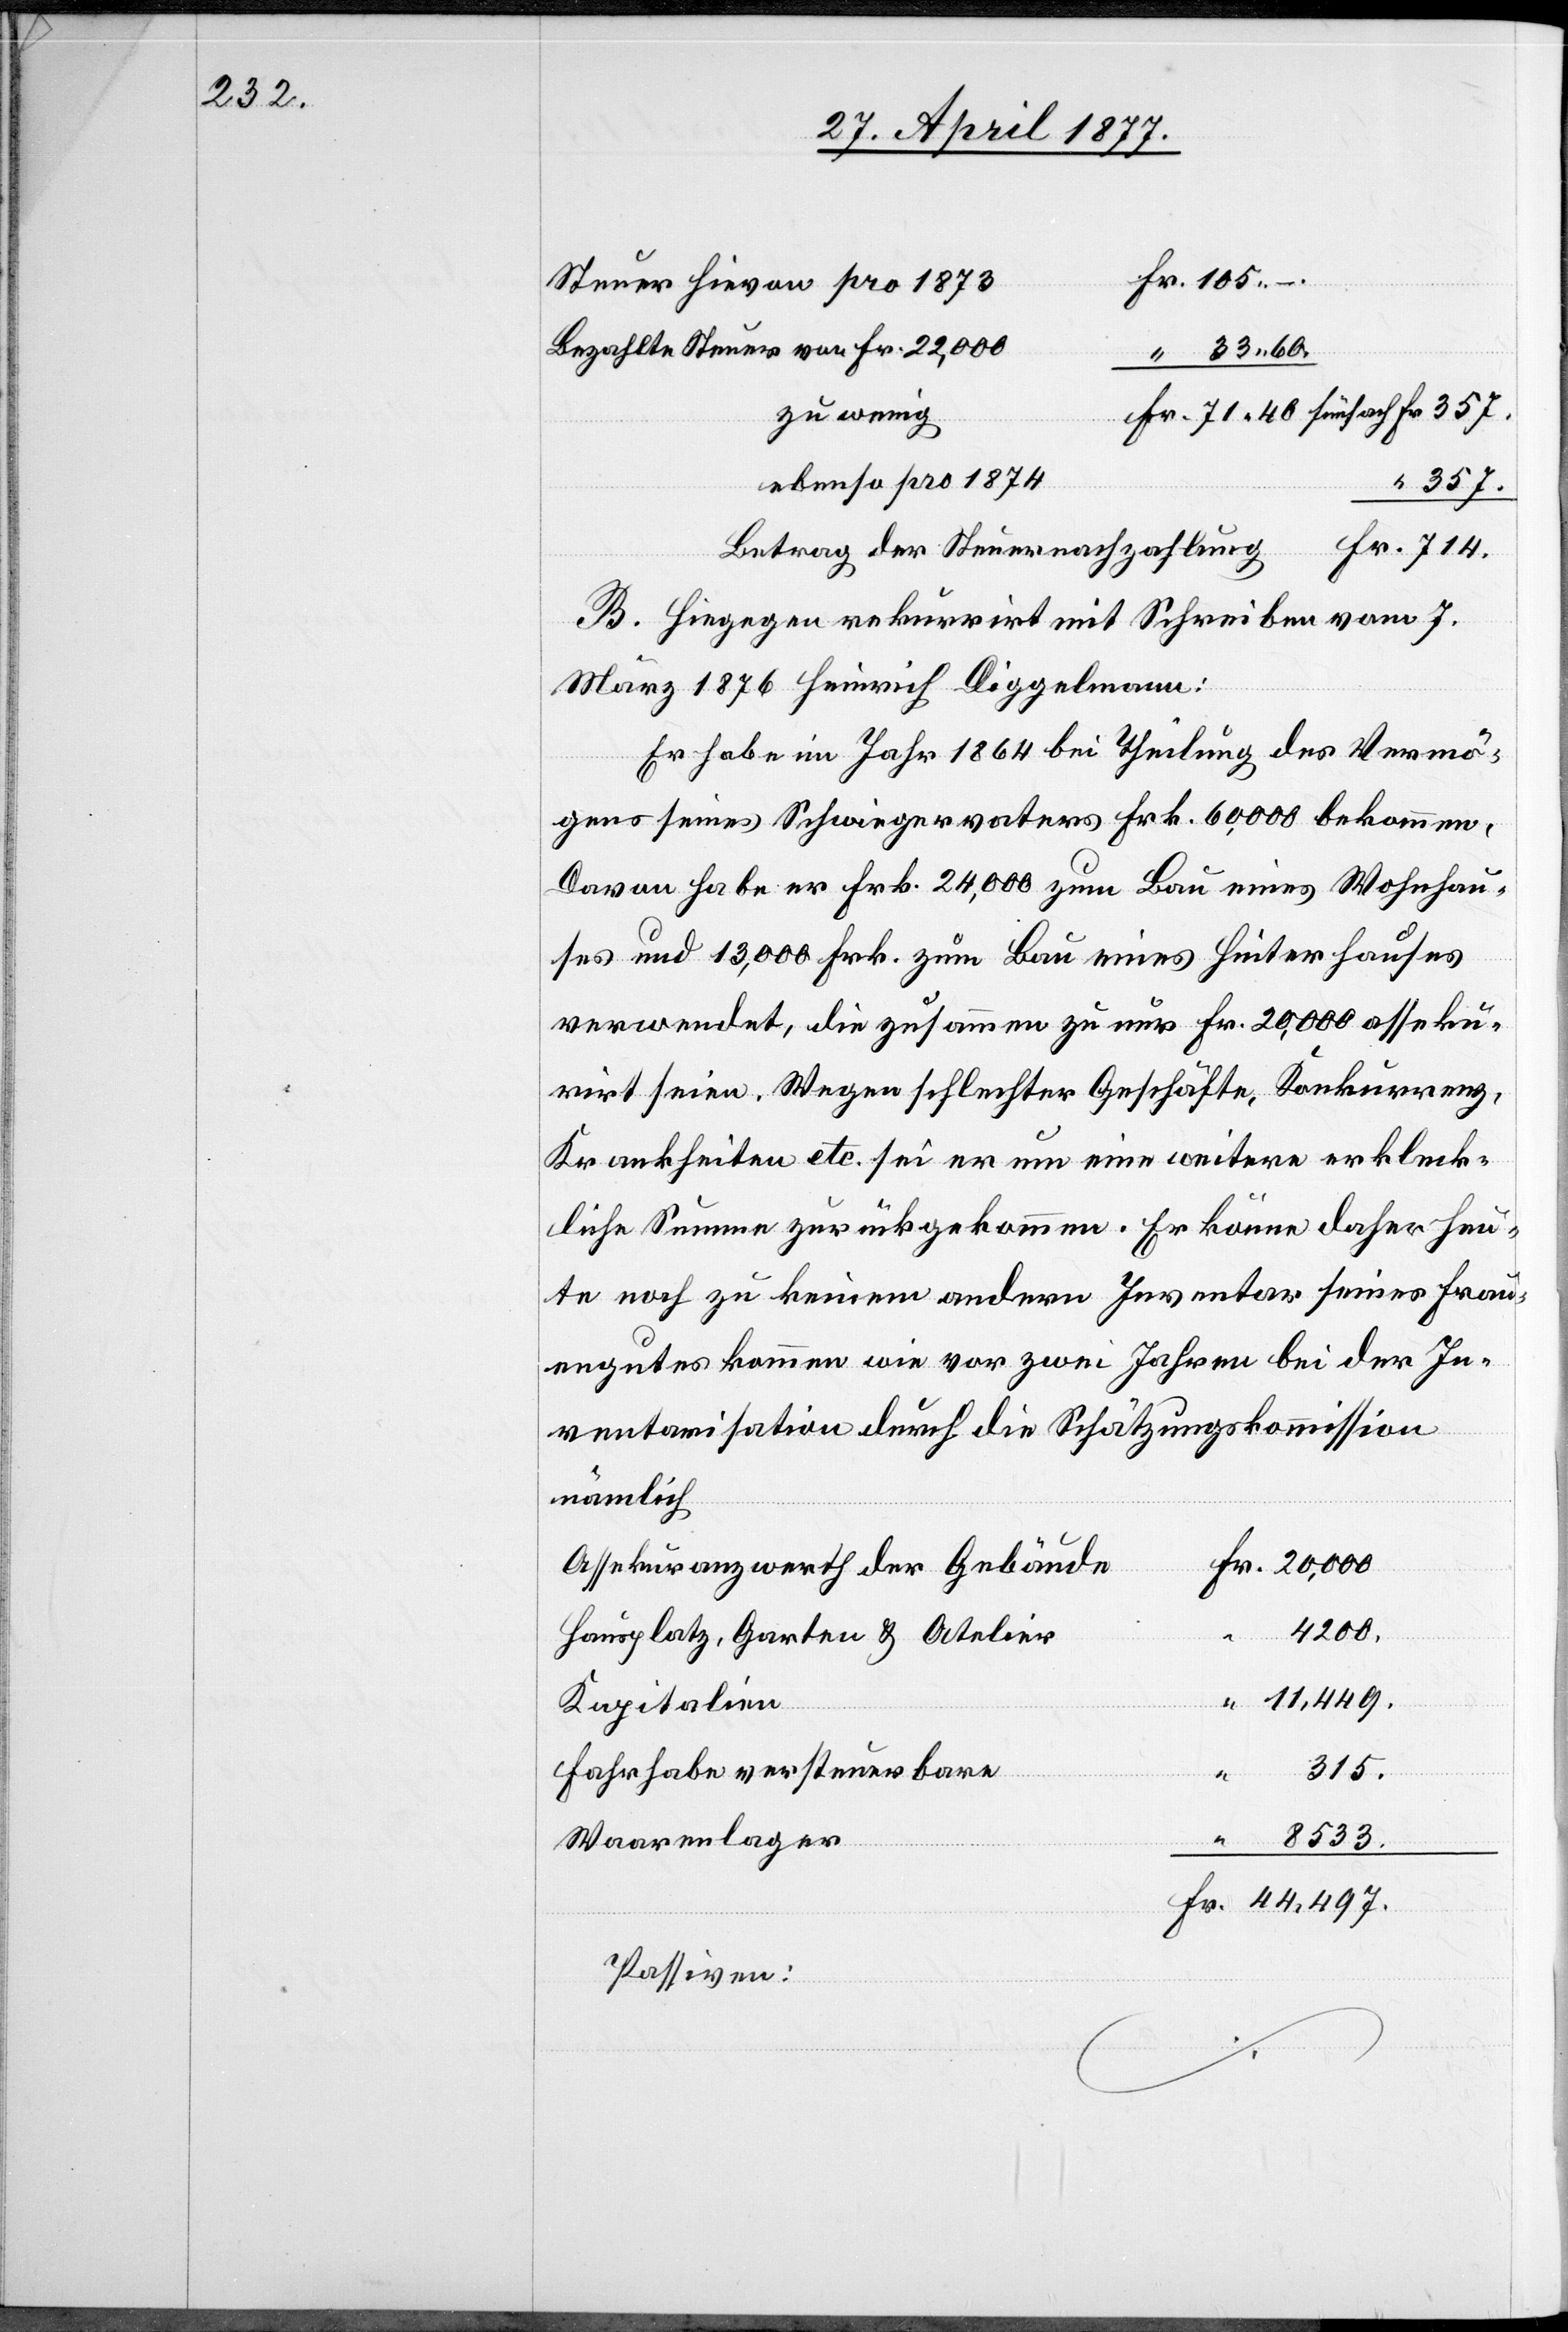
Steuer hievon pro 1873
Bezahlte Steuer von Fr. 22,000
zu wenig
ebenso pro 1874
357
B. Hiegegen rekurrirt mit Schreiben vom 7.
März 1876 Heinrich Diggelmann:
Er habe im Jahr 1864 bei Theilung des Vermö¬
gens seines Schwiegervaters Frk. 60,000 bekommen.
Davon habe er Frk. 24,000 zum Bau eines Wohnhau¬
ses und 13,000 Frk. zum Bau eines Hinterhauses
verwendet, die zusammen zu nur Fr. 20,000 asseku¬
rirt seien. Wegen schlechter Geschäfte, Konkurrenz,
Krankheiten etc. sei er um eine weitere erkleck¬
liche Summe zurückgekommen. Er könne daher heu¬
te noch zu keinem andern Inventar seines Frau¬
engutes kommen wie vor zwei Jahren bei der In¬
ventarisation durch die Schätzungskommission
nämlich
Assekuranzwerth der Gebäude
4200
Hausplatz, Garten & Atelier
11,449
Fr.
Kapitalien
315
Fahrhabe versteuerbare
8533
Waarenlager
Passiven: